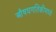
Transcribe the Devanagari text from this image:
औषधगतिकीमध्ये